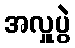
အလှူပွဲ